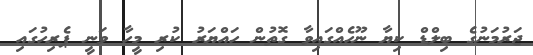
ޖަރުމަނުގެ ބިލްޑް ކިޔާ ނޫހެއްގައިވާ ގޮތުން ހައްޔަރު ކުރި މީހާ ވަނީީ ޕެރިހުގައި